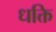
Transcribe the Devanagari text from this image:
धक्ति